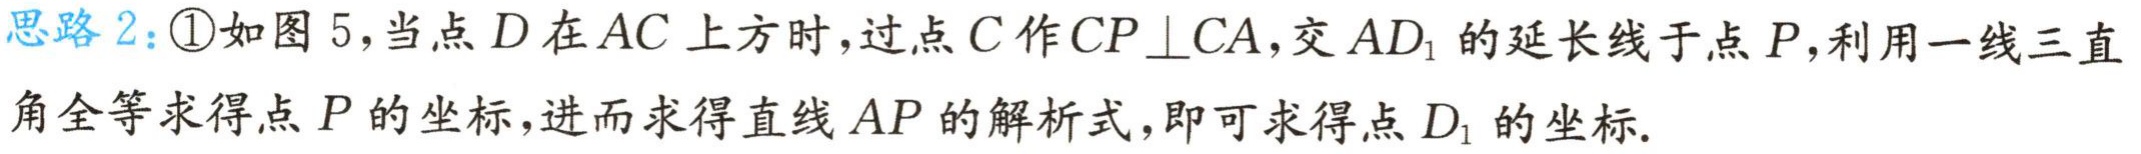
思路2：\textcircled{1}如图5，当点\(D\)在\(AC\)上方时，过点\(C\)作\(CP\perp CA\)，交\(AD_{1}\)的延长线于点\(P\)，利用一线三直角全等求得点\(P\)的坐标，进而求得直线\(AP\)的解析式，即可求得点\(D_{1}\)的坐标.